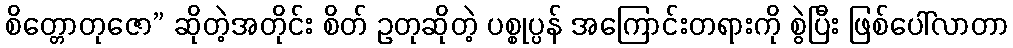
စိတ္တောတုဇော” ဆိုတဲ့အတိုင်း စိတ် ဥတုဆိုတဲ့ ပစ္စုပ္ပန် အကြောင်းတရားကို စွဲပြီး ဖြစ်ပေါ်လာတာ